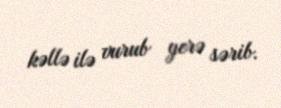
kəllə ilə vurub yerə sərib.